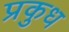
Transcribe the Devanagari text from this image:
प्रकुध